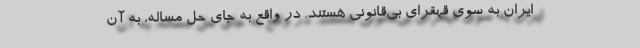
ایران به سوی قهقرای بی‌قانونی هستند. در واقع به جای حل مساله، به آن